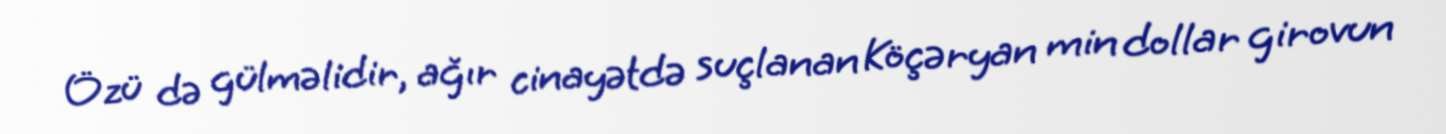
Özü də gülməlidir, ağır cinayətdə suçlanan Köçəryan min dollar girovun